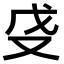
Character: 𫨵